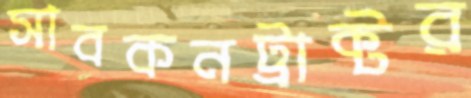
সাবকনট্রাক্টর